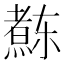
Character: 𱬝